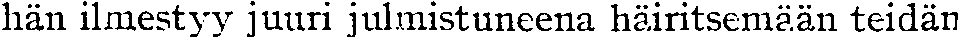
hän ilmestyy juuri julmistuneena häiritsemään teidän